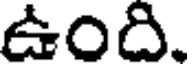
ఉంది.